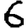
Digit: 6